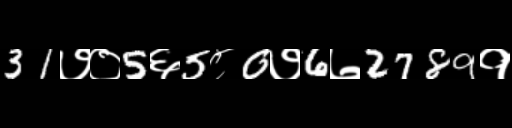
Text: 31७०5६5८0७6७2789१